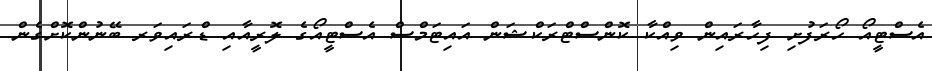
އެސްޓީއޯ ހޯރަފުށި ފިހާރައިން ވިއްކާ ކޮންސްޓްރަކްޝަން އައިޓަމްސް އެސްޓީއޯގެ ލޮރީއާއި ޑްރައިވަރ ބޭނުންކޮށްގެން